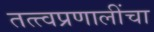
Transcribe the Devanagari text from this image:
तत्त्वप्रणालींचा